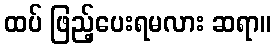
ထပ် ဖြည့်ပေးရမလား ဆရာ။